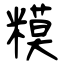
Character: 糢